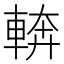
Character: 𮝔